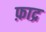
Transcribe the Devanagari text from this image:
फ़ाद्र